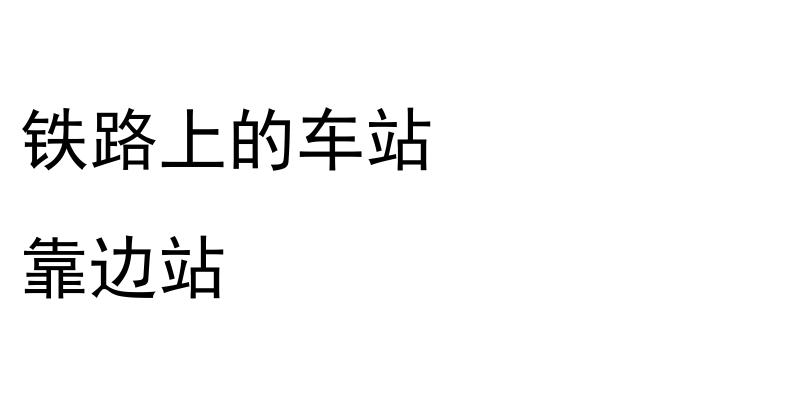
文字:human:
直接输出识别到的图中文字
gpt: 铁路上的车站 靠边站